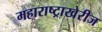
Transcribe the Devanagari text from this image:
महाराष्ट्राखेरीज